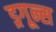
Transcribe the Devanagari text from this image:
ड्रगून्स